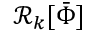
{ \mathcal { R } } _ { k } [ { \bar { \Phi } } ]